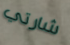
شارتي